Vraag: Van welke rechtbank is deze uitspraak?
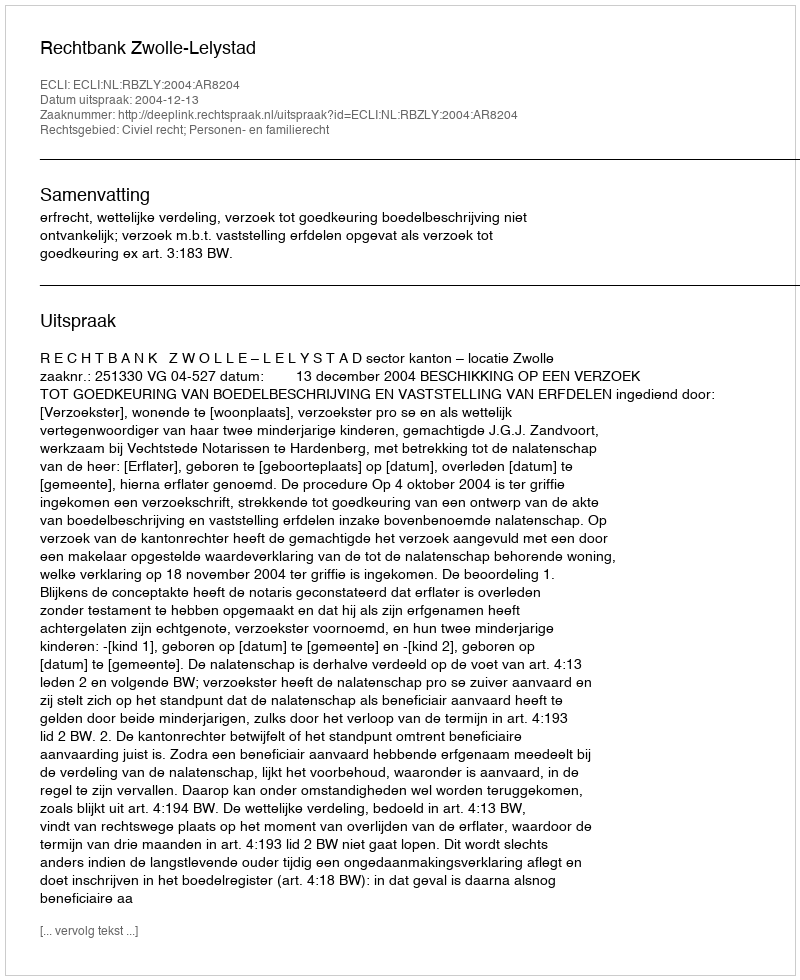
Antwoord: Rechtbank Zwolle-Lelystad